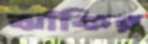
ঝাঁকির